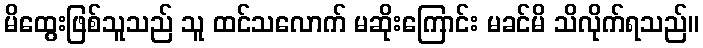
မိထွေးဖြစ်သူသည် သူ ထင်သလောက် မဆိုးကြောင်း မခင်မိ သိလိုက်ရသည်။